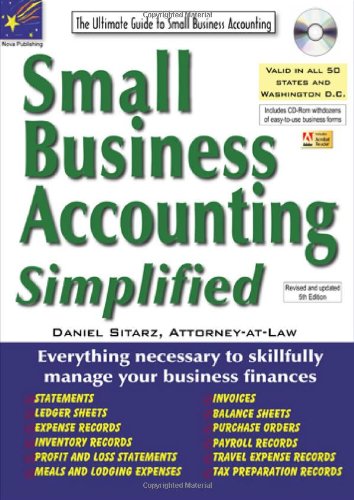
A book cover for Small Business Accounting Simplified; Daniel Sitarz; Business & Money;